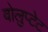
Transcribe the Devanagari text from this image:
वोलुप्टेट